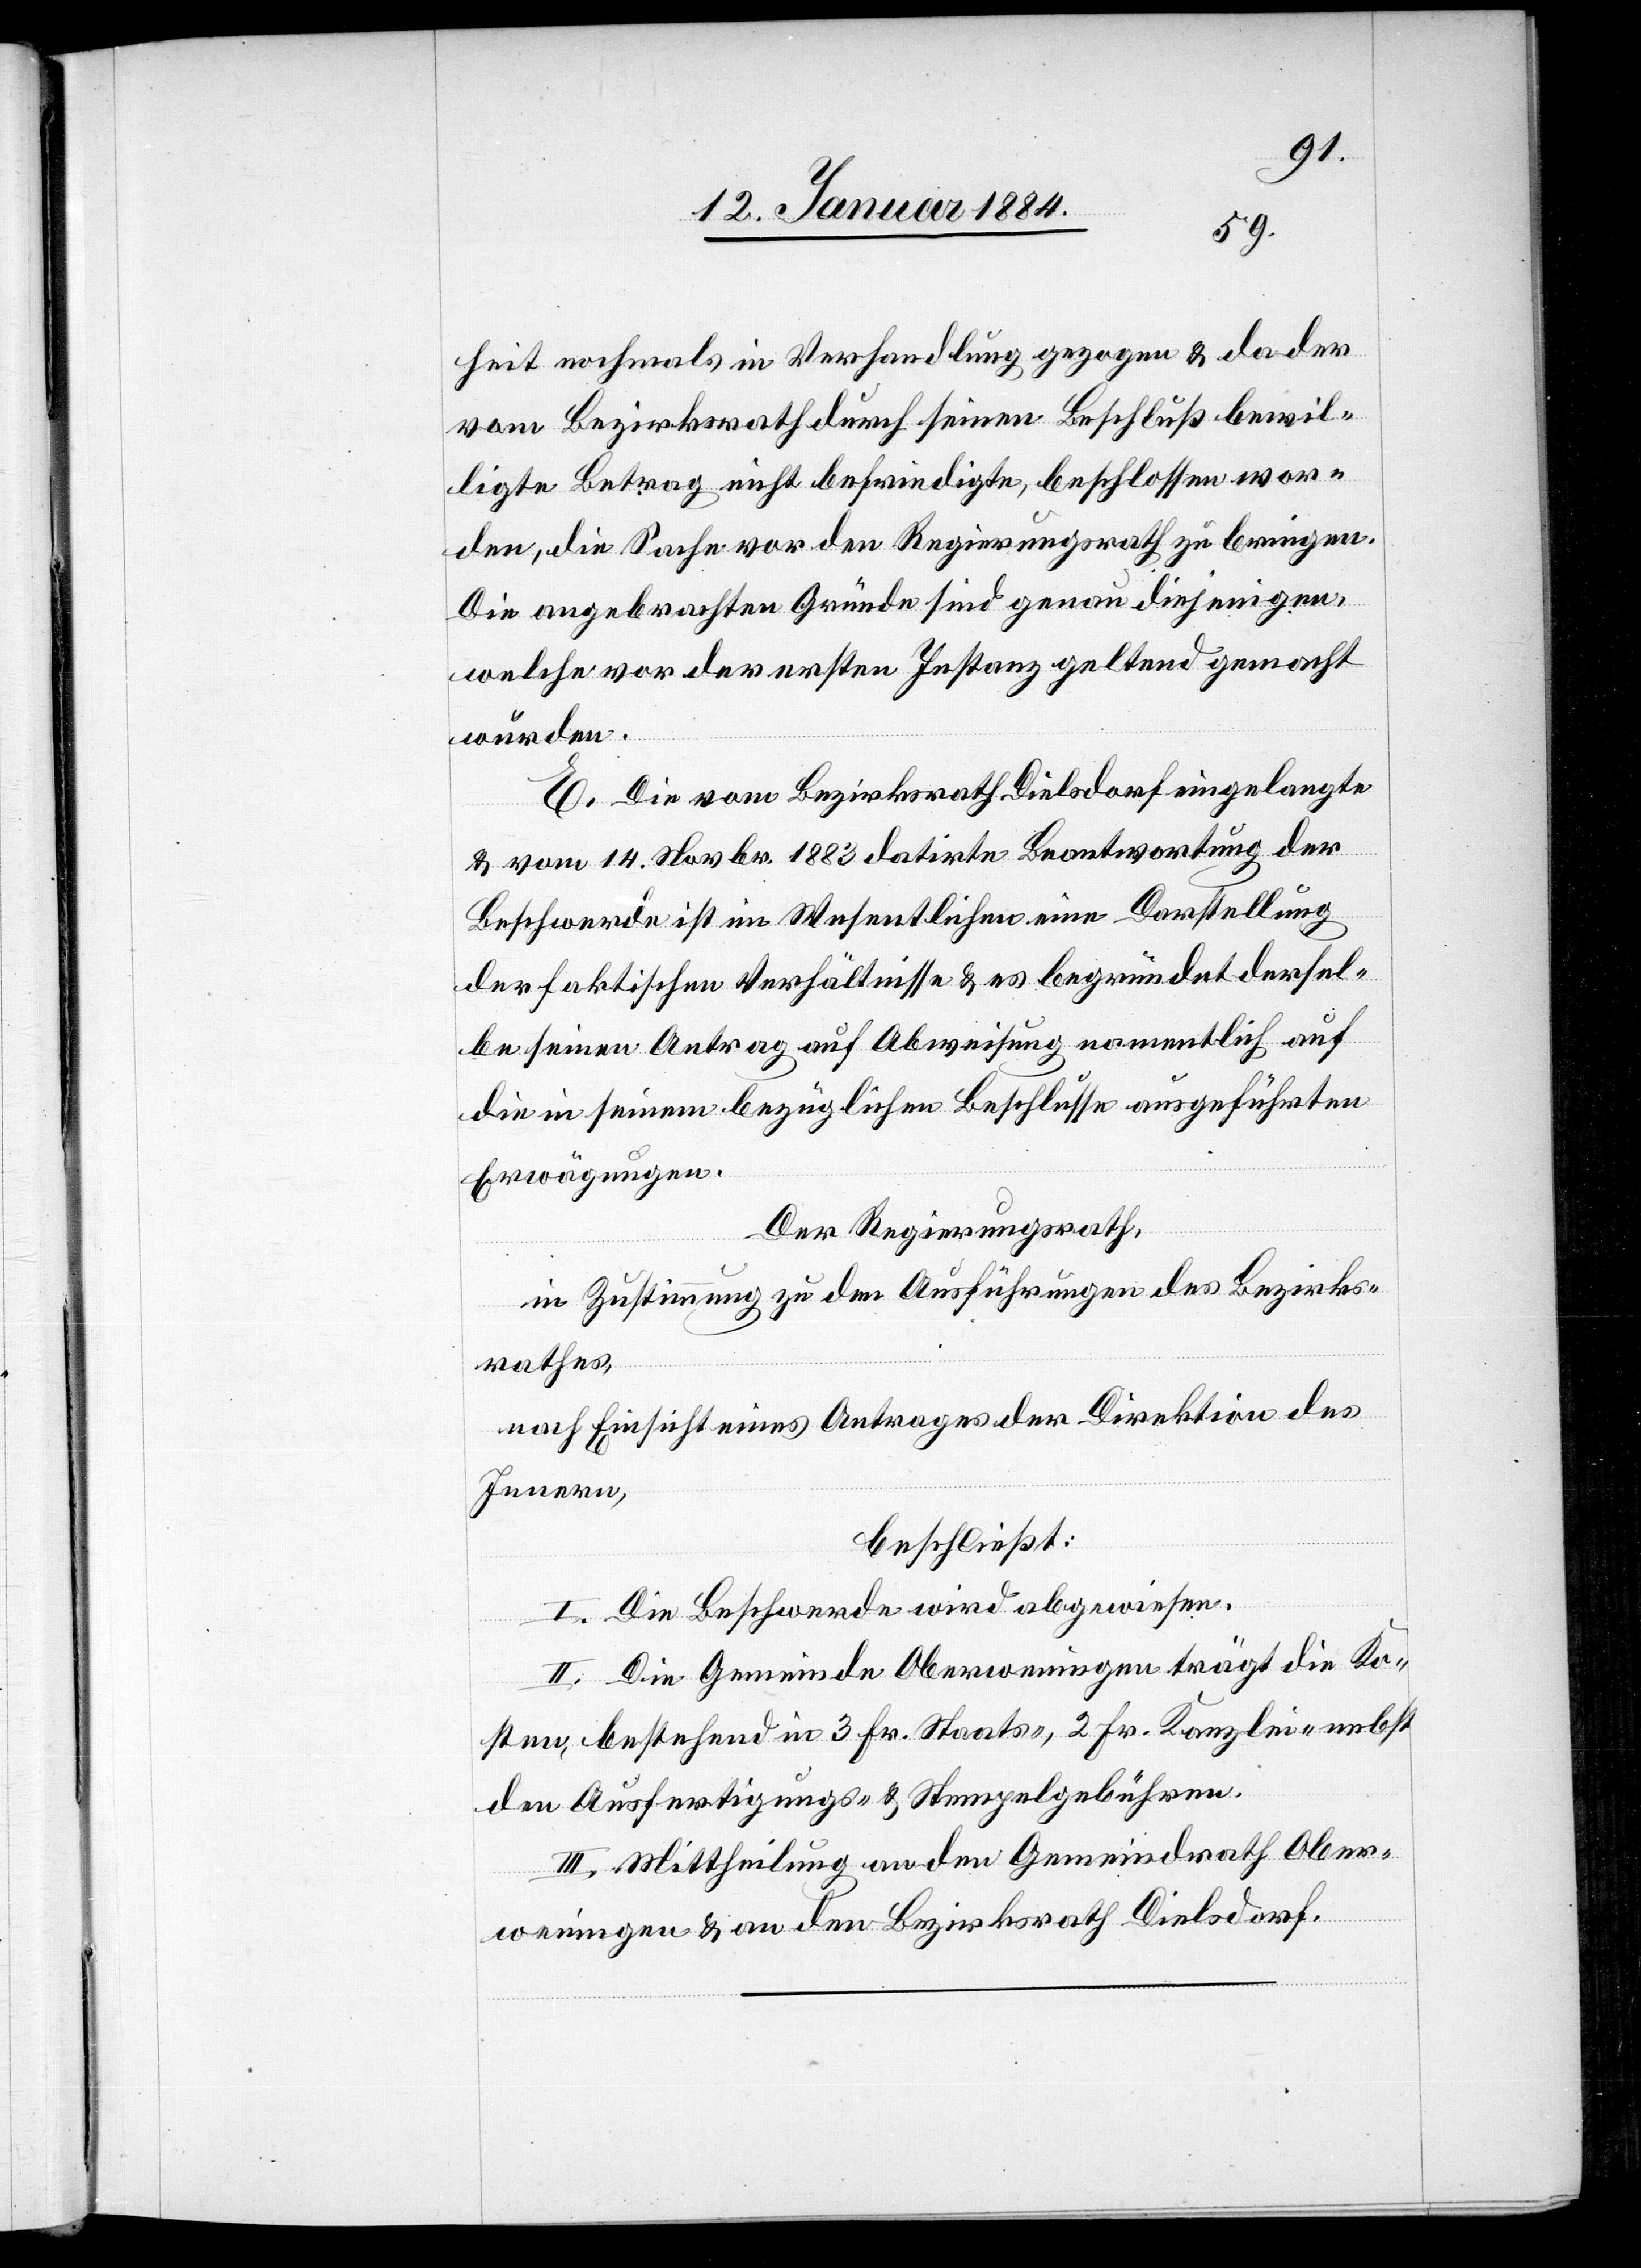
heit nochmals in Verhandlung gezogen & da der
vom Bezirksrath durch seinen Beschluß bewil¬
ligten Betrag nicht befriedigte, beschlossen wor¬
den, die Sache vor den Regierungsrath zu bringen.
Die angebrachten Gründe sind genau diejenigen,
welche vor de ersten Instanz geltend gemacht
wurden.
E. Die vom Bezirksrath Dielsdorf eingelegte
& vom 14. Novbr. 1883 datirte Beantwortung der
Beschwerde ist im Wesentlichen eine Darstellung
der faktischen Verhältnisse & es begründet dersel¬
be seinen Antrag auf Abweisung namentlich auf
die in seinem bezüglichen Beschlusse ausgeführten
Erwägungen.
Der Regierungsrath,
in Zustimmung zu den Ausführungen des Bezirks¬
rathes,
nach Einsicht eines Antrages der Direktion des
Innern,
beschließt:
I. Die Beschwerde wird abgewiesen.
II. Die Gemeinde Oberweningen trägt die Ko¬
sten, bestehend in 3 Fr. Staats-, 2 Fr. Kanzlei- nebst
den Ausfertigungs- & Stempelgebühren.
III. Mittheilung an den Gemeindrath Ober¬
weningen & an den Bezirksrath Dielsdorf.